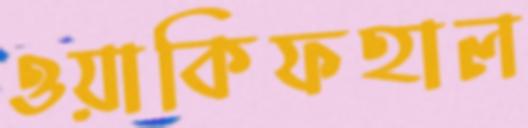
ওয়াকিফহাল